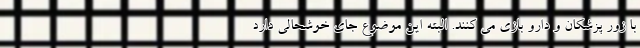
با زور پزشکان و دارو بازی می کنند. البته این موضوع جای خوشحالی دارد